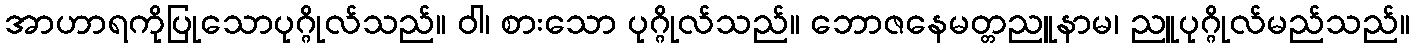
အာဟာရကိုပြုသောပုဂ္ဂိုလ်သည်။ ဝါ၊ စားသော ပုဂ္ဂိုလ်သည်။ ဘောဇနေမတ္တညူနာမ၊ ညူပုဂ္ဂိုလ်မည်သည်။